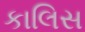
કાલિસ